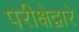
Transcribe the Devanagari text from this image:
परीक्षेद्वारे